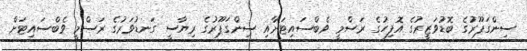
ސިންގަޕޫރުގެ ބޮޑުވަޒީރުގެ އޮފިހުގެ ރަސްމީ ވެބްސައިޓަށާއި ސިންގަޕޫރުގެ ރިޔާސީ ގަނޑުވަރުގެ ރަސްމީ ވެބްސައިޓަށް